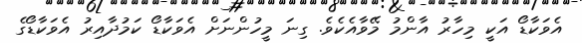
އެވަކާޑޯ އަކީ މިހާރު އާންމު މޭވާއެކެވެ. ގިނަ މީހުންނަށް އެވަކާޑޯ ކަމުދާއިރު އެވަކާޑޯގެ